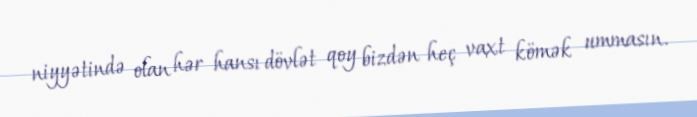
niyyətində olan hər hansı dövlət qoy bizdən heç vaxt kömək ummasın.